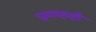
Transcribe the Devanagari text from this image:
प्रायव्हसी